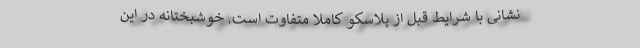
‌نشانی با شرایط قبل از پلاسکو کاملاً متفاوت است. خوشبختانه در این